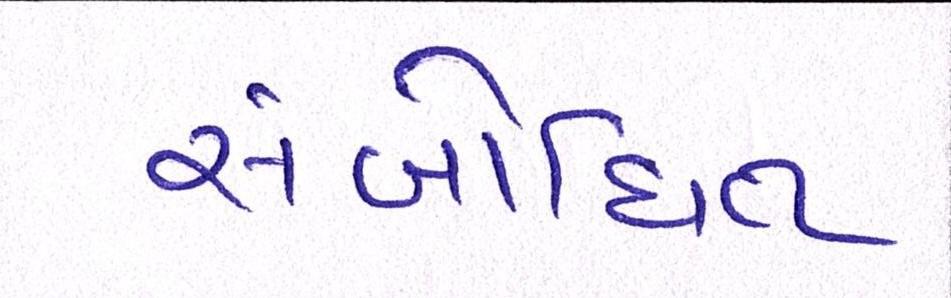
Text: સંબોધિત